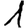
Digit: 1